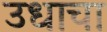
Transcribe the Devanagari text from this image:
उधाचा